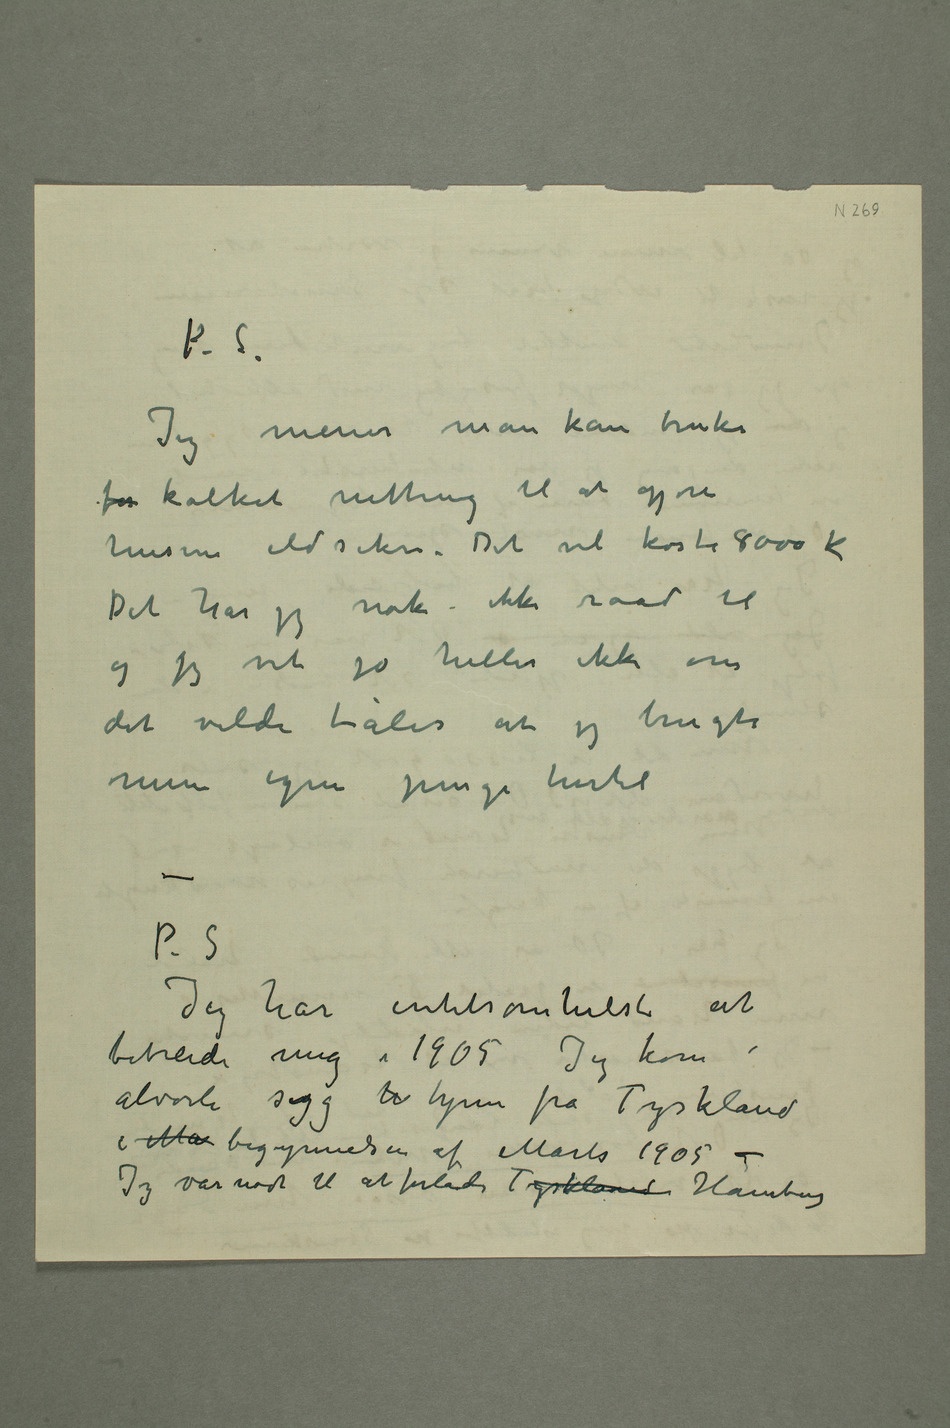
Jeg mener man kan bruke
for kalket netting til at gjøre
husene ildsikre. Det vil koste 8000
kr
Det har jeg nok ikke raad til
og jeg vet jo heller ikke om
det vilde tåles at jeg brugte
mine egne penge hertil
Jeg har intetsomhelst at
bebreide mig i 1905Jeg kom
alvorli syg h hjem fra Tyskland
i Ma begynnelsen af Marts 1905 –
Jeg var nødt til at forlade Tyskland Hamburg